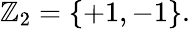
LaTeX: \mathbb{Z}_{2}=\{ +1,-1\} .